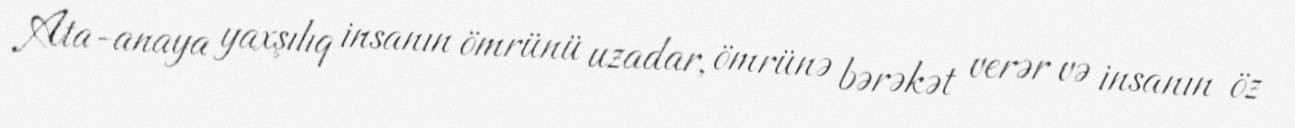
Ata-anaya yaxşılıq insanın ömrünü uzadar, ömrünə bərəkət verər və insanın öz